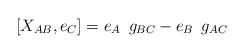
\begin{align*}[X_{AB}, e_C] = e_A\hskip.2cm g_{BC} - e_B\hskip.2cm g_{AC}\end{align*}